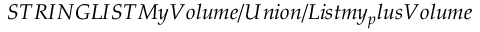
S T R I N G L I S T M y V o l u m e / U n i o n / L i s t m y _ { p } l u s V o l u m e